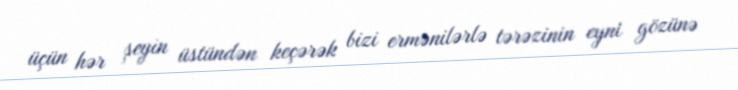
üçün hər şeyin üstündən keçərək bizi ermənilərlə tərəzinin eyni gözünə